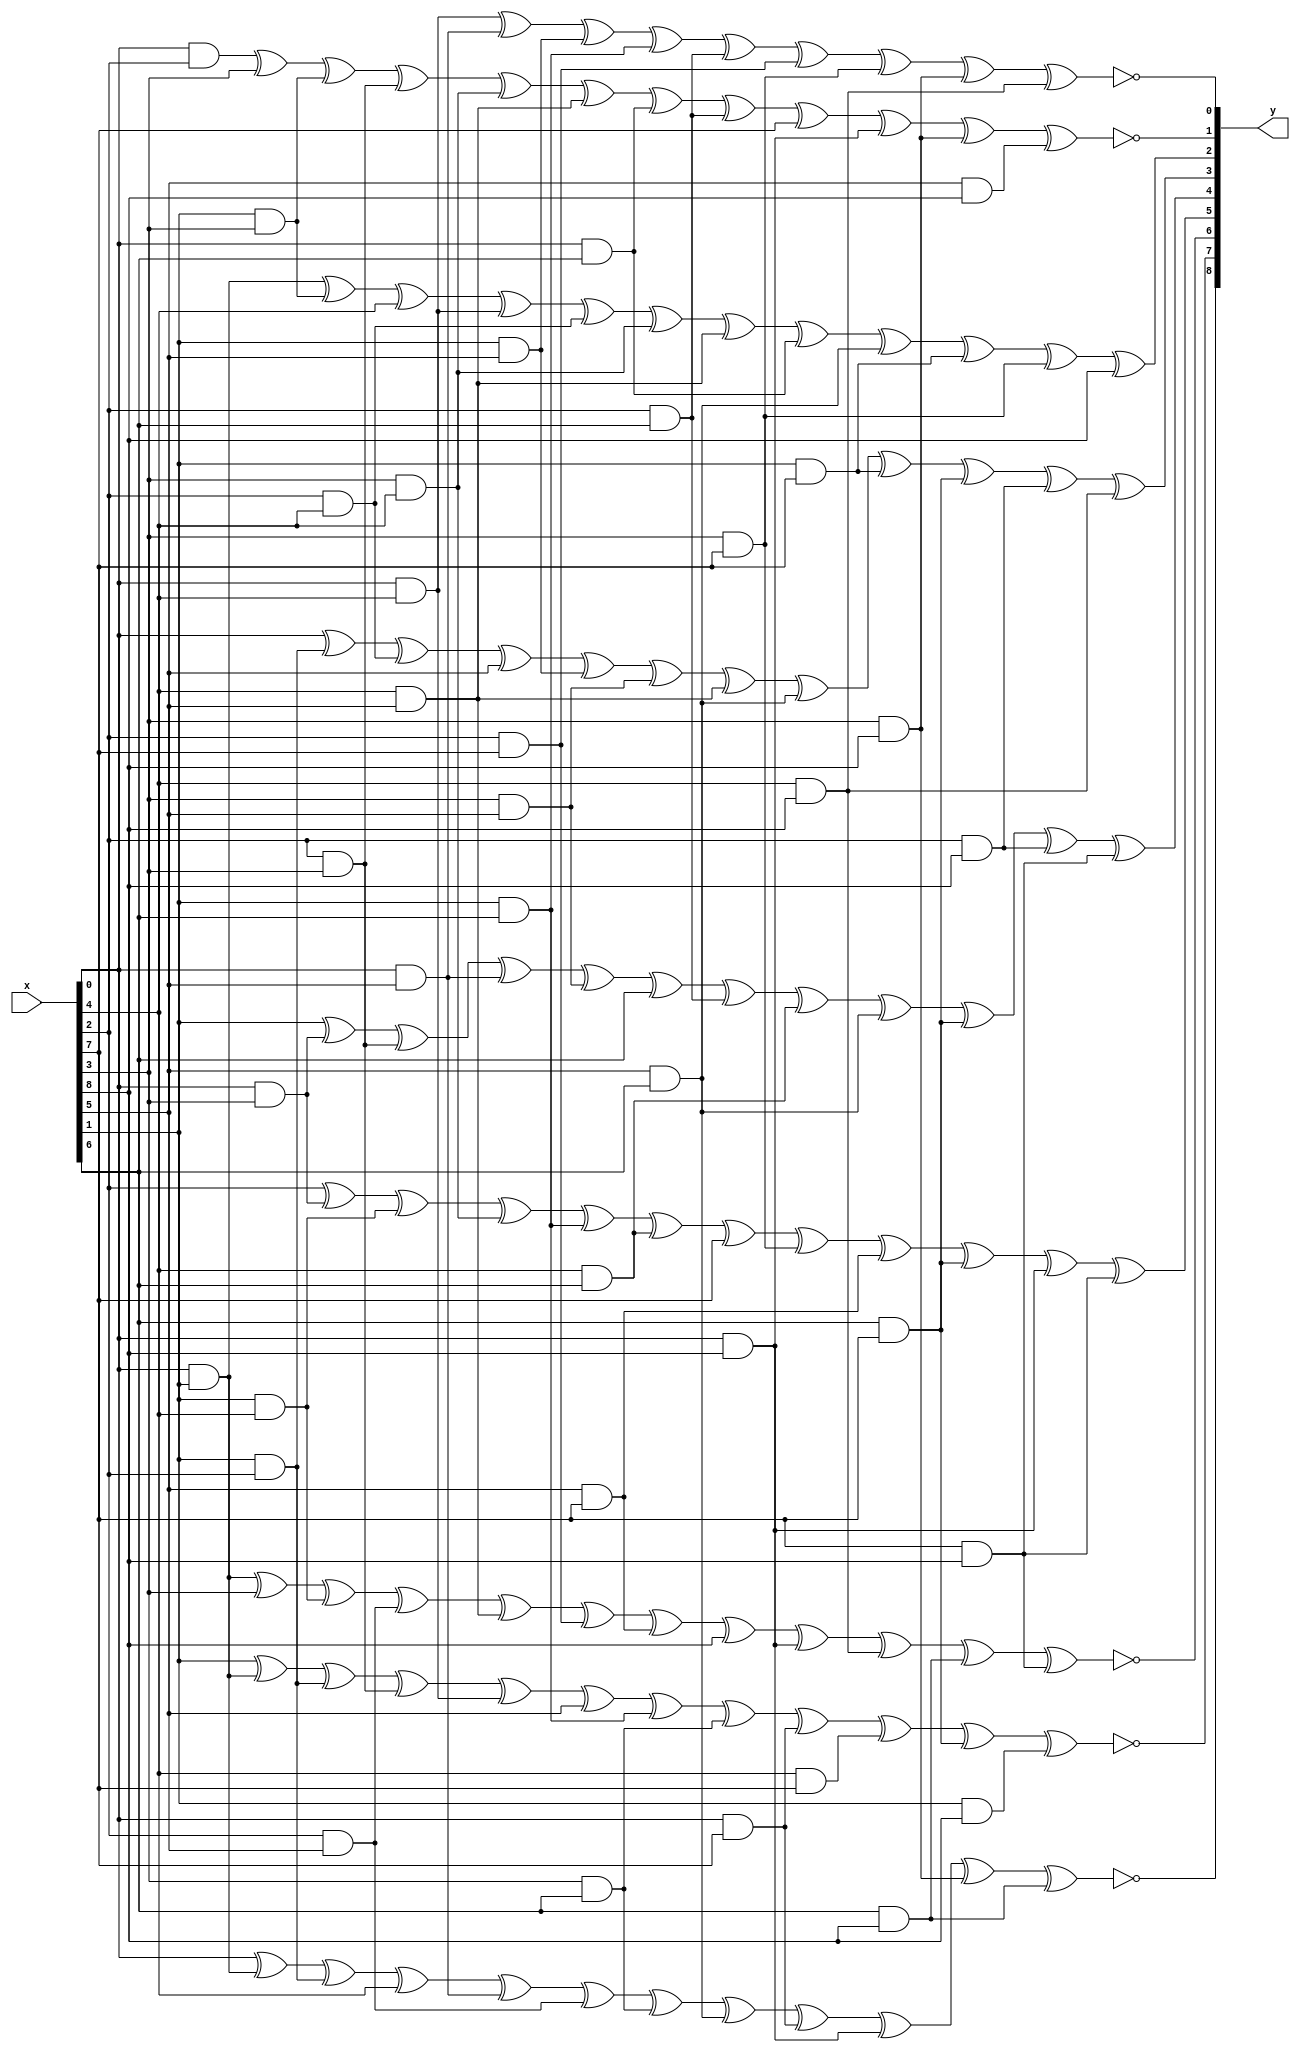
`timescale 1ns / 1ps
//////////////////////////////////////////////////////////////////////////////////
// Company: 
// Engineer: 
// 
// Design Name: 
// Module Name:    sbox 
// Project Name: 
// Target Devices: 
// Tool versions: 
// Description: 
//
// Dependencies: 
//
// Revision: 
// Revision 0.01 - File Created
// Additional Comments: 
//
//////////////////////////////////////////////////////////////////////////////////
module sbox(x,y);

input wire [8:0]x;
output [8:0]y;

assign y[0] = (x[0]&x[4])^(x[0]&x[5])^(x[1]&x[5])^(x[1]&x[6])^(x[2]&x[6])^(x[2]&x[7])^(x[3]&x[7])^(x[3]&x[8])^(x[4]&x[8])^1'b1;
assign y[1] = (x[0]&x[2]) ^ x[3] ^(x[1]&x[3]) ^ (x[2]&x[3]) ^ (x[3]&x[4]) ^ (x[4]&x[5]) ^ (x[0]&x[6]) ^ (x[2]&x[6]) ^ x[7] ^(x[0]&x[8]) ^ (x[3]&x[8]) ^ (x[5]&x[8]) ^ 1'b1;
assign y[2] = (x[0]&x[1]) ^ (x[1]&x[3]) ^ x[4] ^ (x[0]&x[4]) ^ (x[2]&x[4]) ^ (x[3]&x[4]) ^ (x[4]&x[5]) ^ (x[0]&x[6]) ^ (x[5]&x[6]) ^ (x[1]&x[7]) ^ (x[3]&x[7]) ^ x[8];
assign y[3] = (x[0]) ^ (x[1]&x[2]) ^ (x[2]&x[4]) ^ x[5] ^ (x[1]&x[5]) ^ (x[3]&x[5]) ^ (x[4]&x[5]) ^ (x[5]&x[6]) ^ (x[1]&x[7]) ^ (x[6]&x[7]) ^ (x[2]&x[8]) ^ (x[4]&x[8]);
assign y[4] = x[1] ^ (x[0]&x[3]) ^ (x[2]&x[3]) ^ (x[0]&x[5]) ^ (x[3]&x[5]) ^ (x[6]) ^ (x[2]&x[6]) ^ (x[4]&x[6]) ^ (x[5]&x[6]) ^ (x[6]&x[7]) ^ (x[2]&x[8]) ^ (x[7]&x[8]);
assign y[5] = x[2] ^ (x[0]&x[3]) ^ (x[1]&x[4]) ^ (x[3]&x[4]) ^ (x[1]&x[6]) ^ (x[4]&x[6]) ^ (x[7]) ^ (x[3]&x[7]) ^ (x[5]&x[7]) ^ (x[6]&x[7]) ^ (x[0]&x[8]) ^ (x[7]&x[8]);
assign y[6] = (x[0]&x[1]) ^ x[3] ^ (x[1]&x[4]) ^ (x[2]&x[5]) ^ (x[4]&x[5]) ^ (x[2]&x[7]) ^ (x[5]&x[7]) ^ x[8] ^ (x[0]&x[8]) ^ (x[4]&x[8]) ^ (x[6]&x[8]) ^ (x[7]&x[8]) ^ 1'b1;
assign y[7] = x[1] ^ (x[0]&x[1]) ^ (x[1]&x[2]) ^ (x[2]&x[3]) ^ (x[0]&x[4]) ^ (x[5]) ^ (x[1]&x[6]) ^ (x[3]&x[6]) ^ (x[0]&x[7]) ^ (x[4]&x[7]) ^ (x[6]&x[7]) ^ (x[1]&x[8]) ^ 1'b1;
assign y[8] = x[0] ^ (x[0]&x[1]) ^ (x[1]&x[2]) ^ (x[4]) ^ (x[0]&x[5]) ^ (x[2]&x[5]) ^ (x[3]&x[6]) ^ (x[5]&x[6]) ^ (x[0]&x[7]) ^ (x[0]&x[8]) ^ (x[3]&x[8]) ^ (x[6]&x[8]) ^ 1'b1;

endmodule